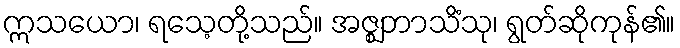
ဣသယော၊ ရသေ့တို့သည်။ အဇ္ဈဘာသိံသု၊ ရွတ်ဆိုကုန်၏။